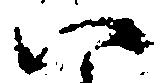
い